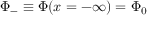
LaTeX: \Phi _ { - } \equiv \Phi ( x = - \infty ) = \Phi _ { 0 }